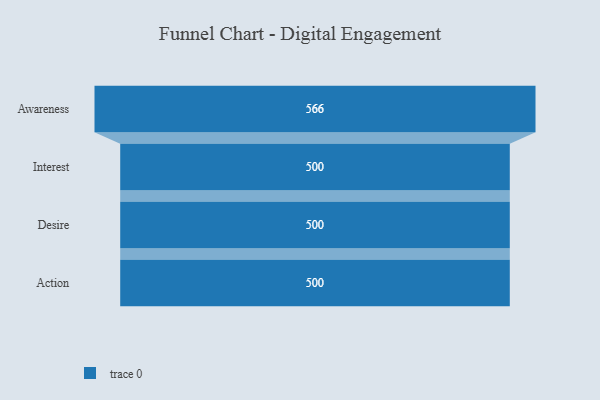
{"axis": {"x": "Stage", "y": "Value"}, "legend": [""], "data": [{"x": "Awareness", "y": 566.0, "type": ""}, {"x": "Interest", "y": 500, "type": ""}, {"x": "Desire", "y": 500, "type": ""}, {"x": "Action", "y": 500, "type": ""}]}